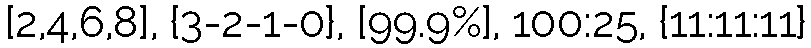
[2,4,6,8], {3-2-1-0}, [99.9%], 100:25, {11:11:11}